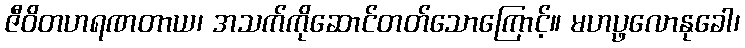
ဇီဝိတဟရဏတာယ၊ အသက်ကိုဆောင်တတ်သောကြောင့်။ မဟပ္ဖလောနုခေါ၊